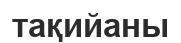
тақийаны